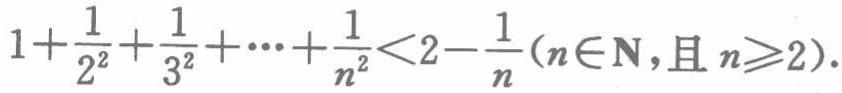
\(1+\frac{1}{2^{2}}+\frac{1}{3^{2}}+\cdots+\frac{1}{n^{2}}<2-\frac{1}{n}(n\in\mathbf{N},\text{且 }n\geqslant2)\)